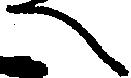
へ